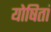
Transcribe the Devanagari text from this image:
योषितां